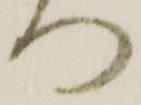
門